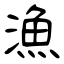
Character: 漁